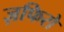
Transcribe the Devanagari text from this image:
ज़फिरो